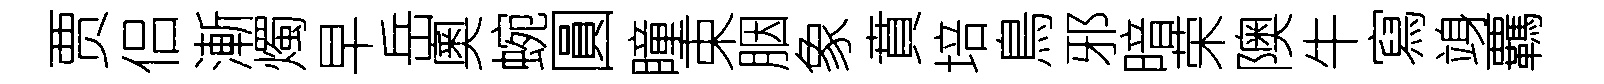
贾侣漸燭早岳奧蜿圓瞳束胭象賁培鳥邪暗荣隩牛寫竧覊